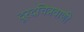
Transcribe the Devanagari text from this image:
दूरदचित्रवाणी